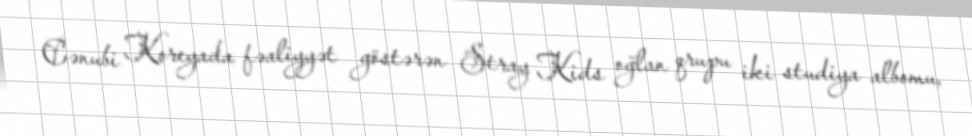
Cənubi Koreyada fəaliyyət göstərən Stray Kids oğlan qrupu iki studiya albomu,